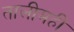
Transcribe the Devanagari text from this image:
तालीमही